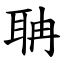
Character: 聃